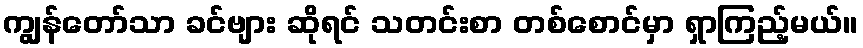
ကျွန်တော်သာ ခင်ဗျား ဆိုရင် သတင်းစာ တစ်စောင်မှာ ရှာကြည့်မယ်။